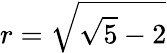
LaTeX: r=\sqrt{\sqrt{5}-2}